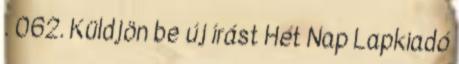
. 062. Küldjön be új írást Hét Nap Lapkiadó